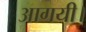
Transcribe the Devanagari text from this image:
आगयी।